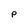
Character: p